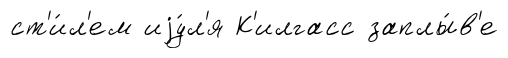
ст'и́л'ем иjу́л'я К'илгасс заплы́в'е